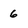
Character: 6